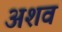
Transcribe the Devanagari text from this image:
अशव